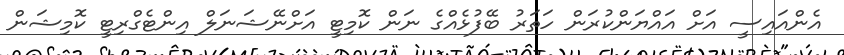
އެންއައިސީ އަށް އައްޔަންކުރަން ހަތަރު ބޭފުޅެއްގެ ނަން ކޮމިޓީ އަށްނޭޝަނަލް އިންޓެގްރިޓީ ކޮމިޝަން